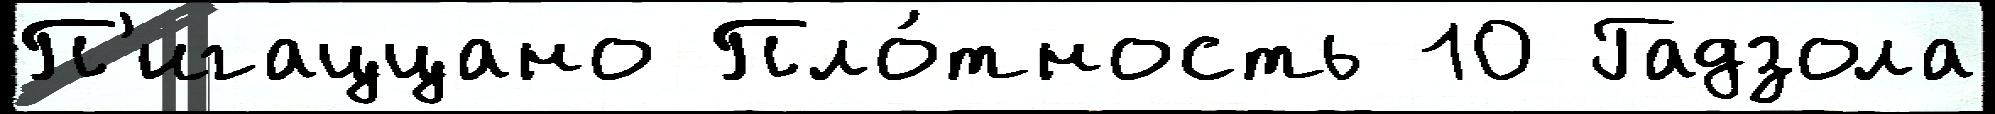
П'игаццано Пло́тность 10 Гадзола